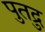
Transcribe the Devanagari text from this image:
पुतद्रु